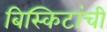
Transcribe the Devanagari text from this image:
बिस्किटांची